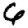
Digit: 6